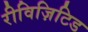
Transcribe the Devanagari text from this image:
रीविज़िटिड